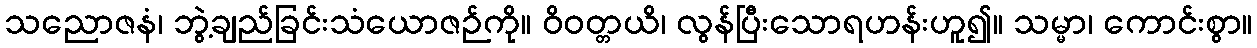
သညောဇနံ၊ ဘွဲ့ချည်ခြင်းသံယောဇဉ်ကို။ ဝိဝတ္တယိ၊ လွန်ပြီးသောရဟန်းဟူ၍။ သမ္မာ၊ ကောင်းစွာ။